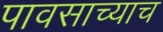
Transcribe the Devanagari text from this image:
पावसाच्याच